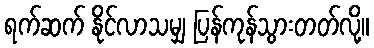
ရက်ဆက် နိုင်လာသမျှ ပြန်ကုန်သွားတတ်လို့။